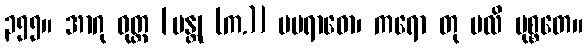
၃၅၅။ အာဂု ဝုတ္တ [မန္တု (က.)] မပရာဓော၊ ကရော တု ဗလိ မုစ္စတေ။